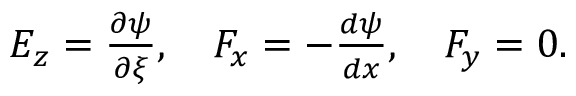
\begin{array} { r } { E _ { z } = \frac { \partial \psi } { \partial \xi } , ~ ~ ~ F _ { x } = - \frac { d \psi } { d x } , ~ ~ ~ F _ { y } = 0 . } \end{array}